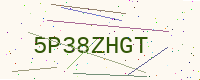
Text: 5P38ZHGT